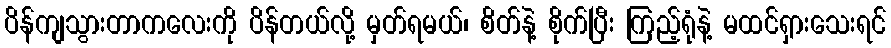
ပိန်ကျသွားတာကလေးကို ပိန်တယ်လို့ မှတ်ရမယ်၊ စိတ်နဲ့ စိုက်ပြီး ကြည့်ရုံနဲ့ မထင်ရှားသေးရင်